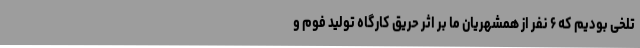
تلخی بودیم که ۶ نفر از همشهریان ما بر اثر حریق کارگاه تولید فوم و